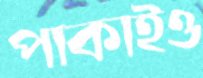
পাকাইও